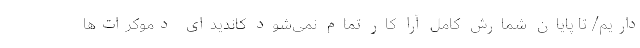
داریم/ تا پایان شمارش کامل آرا کار تمام نمی‌شود کاندیدای دموکرات‌ها